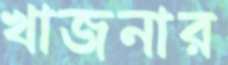
খাজনার